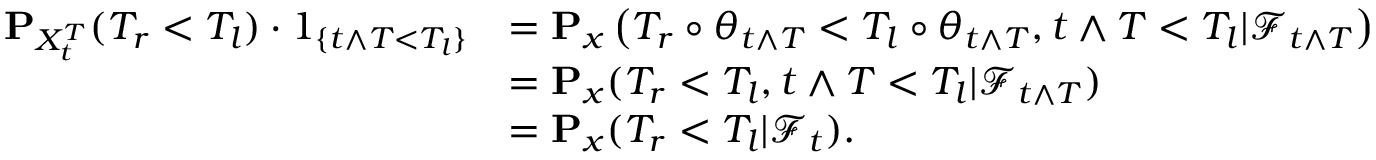
\begin{array} { r l } { \mathbf { P } _ { X _ { t } ^ { T } } ( T _ { r } < T _ { l } ) \cdot 1 _ { \{ t \wedge T < T _ { l } \} } } & { = \mathbf { P } _ { x } \left( T _ { r } \circ \theta _ { t \wedge T } < T _ { l } \circ \theta _ { t \wedge T } , t \wedge T < T _ { l } | { \mathscr F } _ { t \wedge T } \right) } \\ & { = \mathbf { P } _ { x } ( T _ { r } < T _ { l } , t \wedge T < T _ { l } | { \mathscr F } _ { t \wedge T } ) } \\ & { = \mathbf { P } _ { x } ( T _ { r } < T _ { l } | { \mathscr F } _ { t } ) . } \end{array}